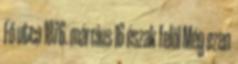
Fő utca 1876. március 16 észak felöl Még ezen